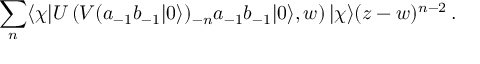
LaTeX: \sum _ { n } \langle \chi | U \left( V ( a _ { - 1 } b _ { - 1 } | 0 \rangle ) _ { - n } a _ { - 1 } b _ { - 1 } | 0 \rangle , w \right) | \chi \rangle ( z - w ) ^ { n - 2 } \, .